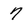
Character: 7